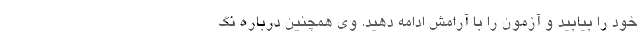
خود را بیابید و آزمون را با آرامش ادامه دهید. وی همچنین درباره نگ